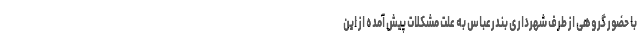
با حضور گروهی از طرف شهرداری بندرعباس به علت مشکلات پیش آمده از این